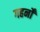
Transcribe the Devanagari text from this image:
गहनोँ